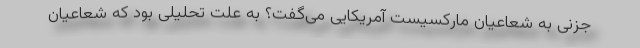
جزنی به شعاعیان ماركسیست آمریكایی می‌گفت؟ به علت تحلیلی بود كه شعاعیان